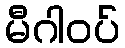
မီဂါဝပ်